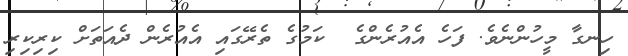
ހިނގާ މީހުންނެވެ. ފަހެ އެއުރެންގެ  ކަމުގެ ތެރޭގައި އެއުރެން ދެއަތަށް ކިރިކިރި